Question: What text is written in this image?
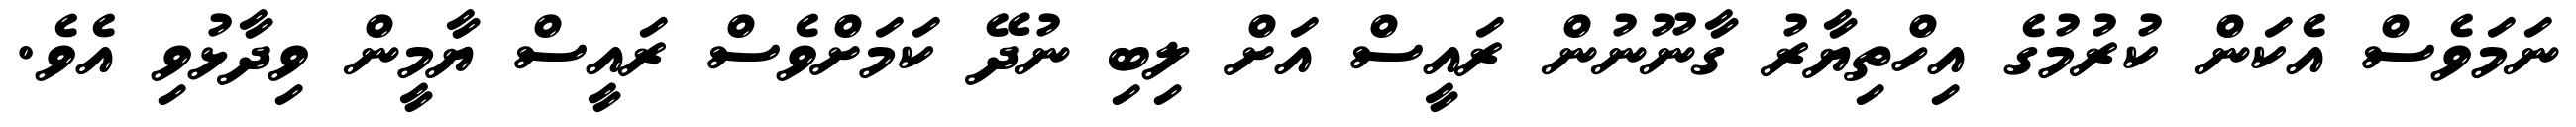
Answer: ނަމަވެސް އެކަން ކުރުމުގެ އިހްތިޔާރު ގާނޫނުން ރައީސް އަށް ލިބި ނުދޭ ކަމަށްވެސް ރައީސް ޔާމީން ވިދާޅުވި އެވެ.